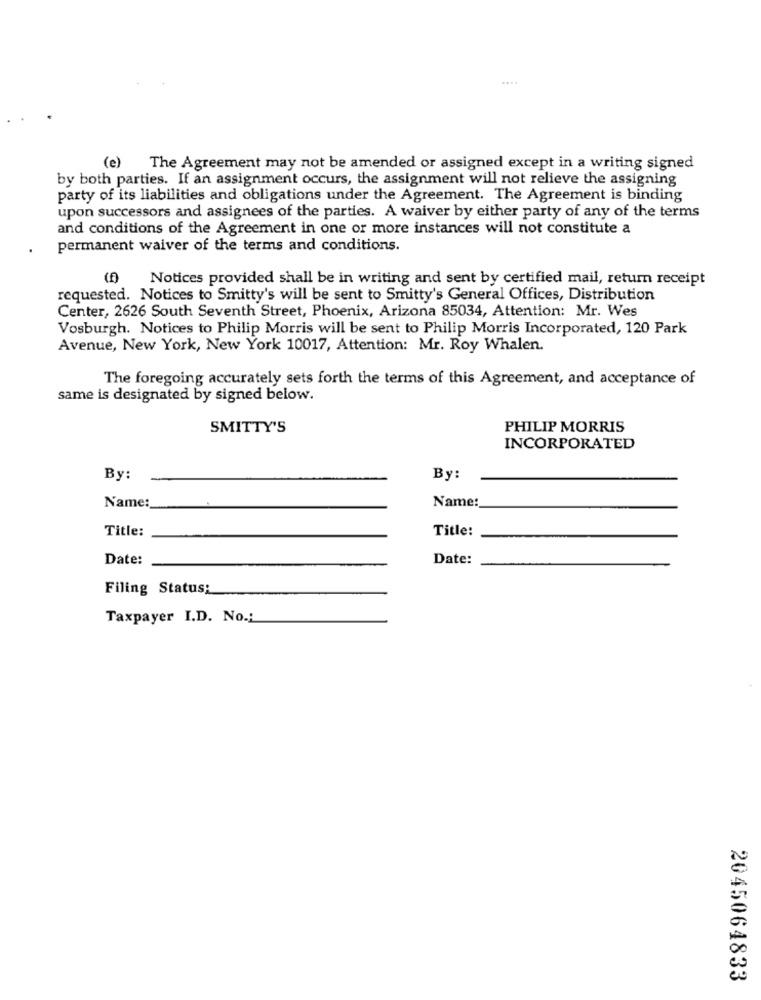
(e) The Agreement may not be amended or assigned except in a writing signed
by both parties. If an assignment occurs, the assignment will not relieve the assigning
party of its liabilities and obligations under the Agreement. The Agreement is binding
upon successors and assignees of the parties. A waiver by either party of any of the terms
and conditions of the Agreement in one or more instances will not constitute a
permanent waiver of the terms and conditions.
Notices provided shall be in writing and sent by certified mail, return receipt
requested. Notices to Smitty's will be sent to Smitty's General Offices, Distribution
Center, 2626 South Seventh Street, Phoenix, Arizona 85034, Attention: Mr. Wes
Vosburgh. Notices to Philip Morris will be sent to Philip Morris Incorporated, 120 Park
Avenue, New York, New York 10017, Attention: Mr. Roy Whalen.
The foregoing accurately sets forth the terms of this Agreement, and acceptance of
same is designated by signed below.
SMITTY'S
PHILIP MORRIS
INCORPORATED
By:
By:
Name:
Name:
Title:
Title:
Date:
Date:
Filing Status:
Taxpayer I.D. No .:
2045064833